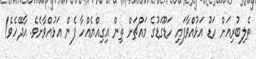
ތެލިބުރިއަށް ހަޑޫ އަޅުއްވާފައި ހަޑޫގަޑުގެ މައްޗަށް ތިން އިގިއްޔެއްހާ ފެން އަޅުއްވާށެވެ. އާދޭހެވެ!